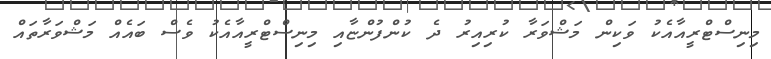
މިނިސްޓްރީއާއެކު ވަކިން މަޝްވަރާ ކުރިއިރު ދެ ކުންފުންޏާއި މިނިސްޓްރީއާއެކު ވެސް ބައެއް މަޝްވަރާތައް